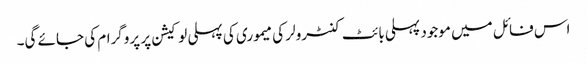
اس فائل میں موجود پہلی بائٹ کنٹرولر کی میموری کی پہلی لو کیشن پر پروگرام کی جائے گی۔